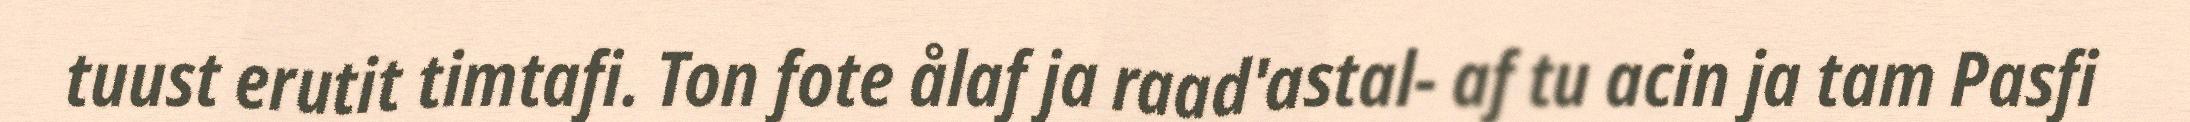
tuust erutit timtafi. Ton fote ålaf ja raad'astal- af tu acin ja tam Pasfi